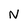
Character: N